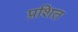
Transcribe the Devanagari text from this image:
प्रशित